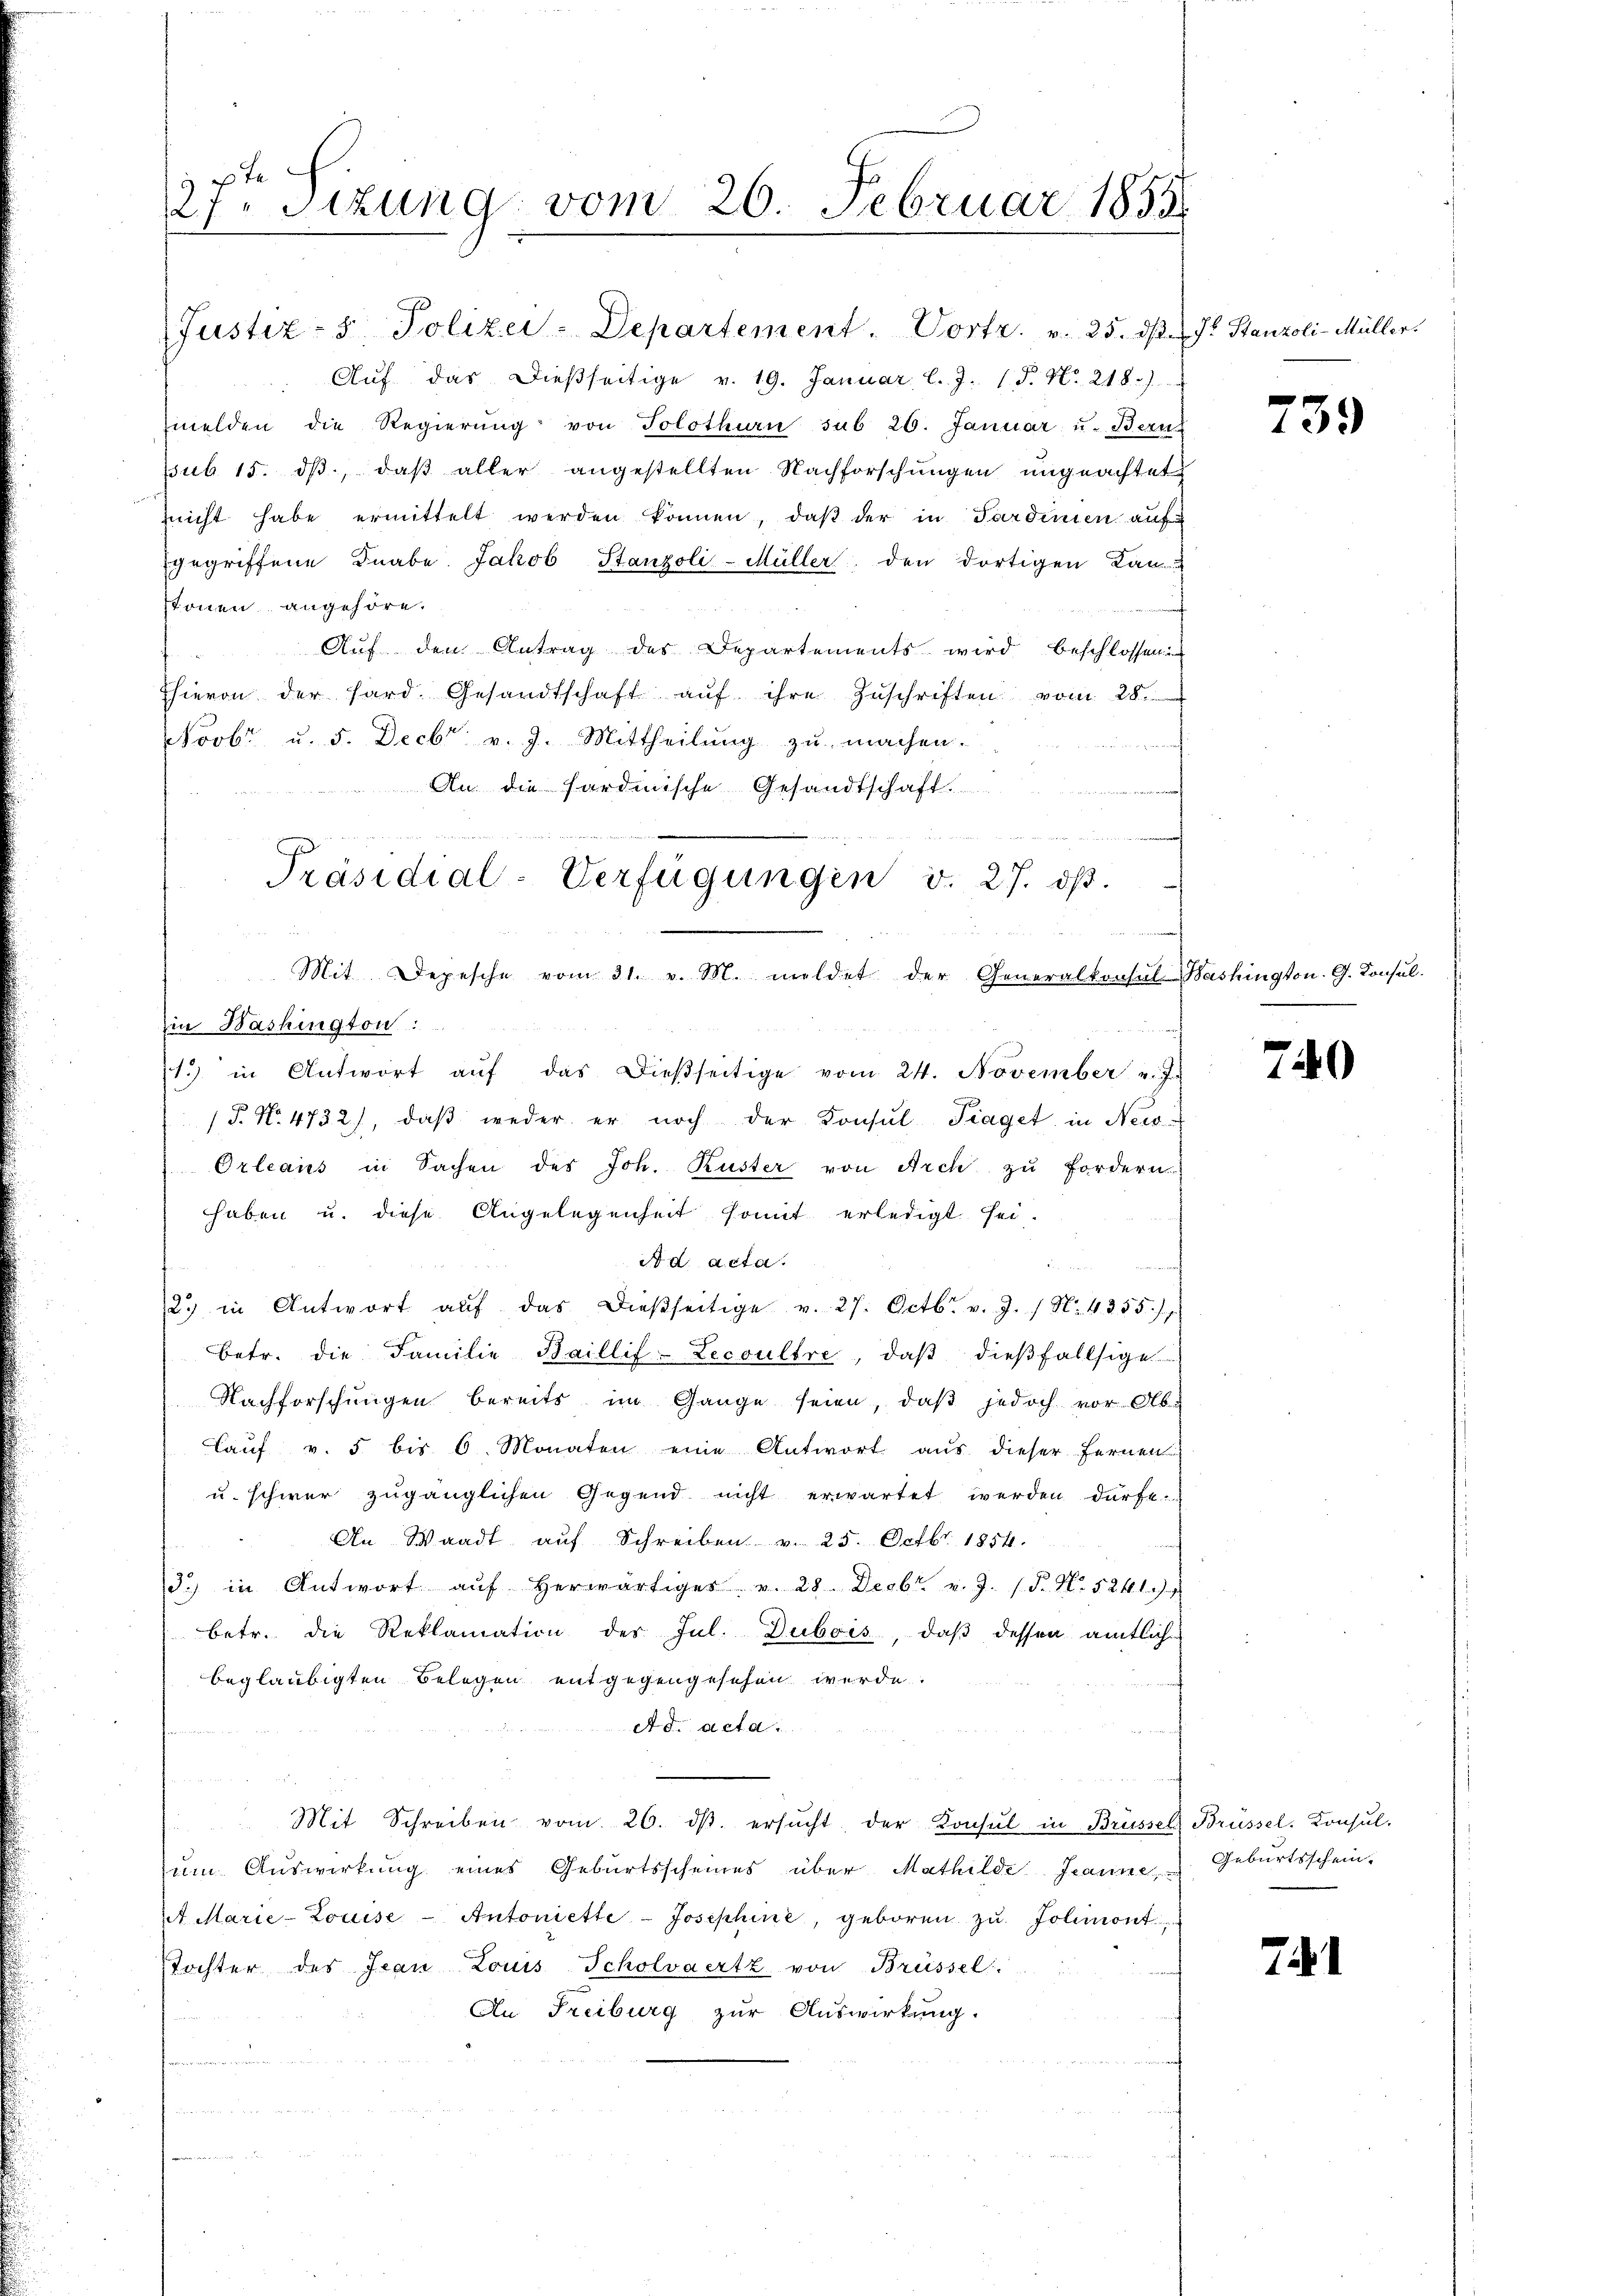
Justiz- & Polizei-Departement. Vortr. v. 25. ds J. Stanzoli-Müller.
Aŭf das dießseitige v. 19. Januar l. J. 18. No. 218.)
melden die Regierŭng von Solothurn sub 26. Januar u. Bern
ssub 15. dβ, daß aller angestellten Nachforschungen ungeachtet
richt habe ermittelt werden können, daβ der in Sardinien auf
gegriffene Knabe. Jakob Stanzoli-Müller, den dortigen Kan
stonen angehöre.
Auf den Antrag des Departements wird beschlossenen
Ehievon der hard. Gesandtschaft aŭf ihre Zŭschriften vom 28.
Novbr. u. 5. Decbr v. J. Mittheilung zu machen.
An die Hardinische Gesandtschaft

2te Sitzung vom 26. Februar 1855

Präsidial-Verfügungen d. 27. dβ.
Mit Depesche vom 31. v. M. meldet der Generalkonsul Washington. G. Consul-

in Washington
(T. No 4732), daβ weder er noch der Konsŭl- Traget in Neis¬
Orleans in Sachen des Joh. Kuster von Arch zu fordern
haben u. diese Angelegenheit somit erledigt sei.
A d acta.
2. in Antwort aŭf das dießseitige v. 27. Octbr. v. J. / N. 4355 f.
betr. die Familie Baillif-Lecoultre, daβ dieβfallsige
Nachforschungen bereits im Gange seien, daß jedoch vor Ab¬
Taŭf v. 5 bis 6. Monaten eine Antwort aus dieser Fernen
u. schwer zugänglichen Gegend nicht erwartet werden dürfe.
An Waadt auf Schreiben v. 25. Octbr. 1854.
3.) in Antwort aŭf herwärtiges. v. 28. Decbr. v. J. (T. N. 524. 19.
betr. die Reklamation des Jul. Dubois, daß dessen amtliche
beglaubigten Belegen entgegengesehen werde.
Ad acta
Mit Schreiben vom 26. dβ. ersŭcht der Konsul in Brüssel Brüssel. Konsul-
um Auswirkung eines Geburtsscheines über Mathilde Jeanne
4. Marie-Louise - Antoniette Josephine, geboren zŭ Jolimont
Tochter des Jean Louis Scholvaertz von Brüssel
Au Treiburg zur Auswirkung.

1.) in Antwort aŭf das dießseitige vom 24. November v. Js.

739

7

Geburtsschein.

71

d